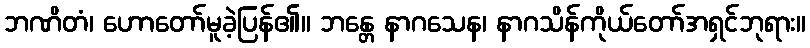
ဘဏိတံ၊ ဟောတော်မူခဲ့ပြန်၏။ ဘန္တေ နာဂသေန၊ နာဂသိန်ကိုယ်တော်အရှင်ဘုရား။